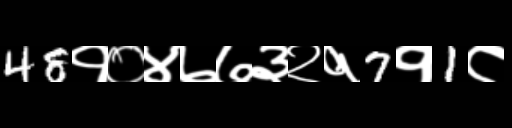
Text: 48१०४७७३२१7१1८